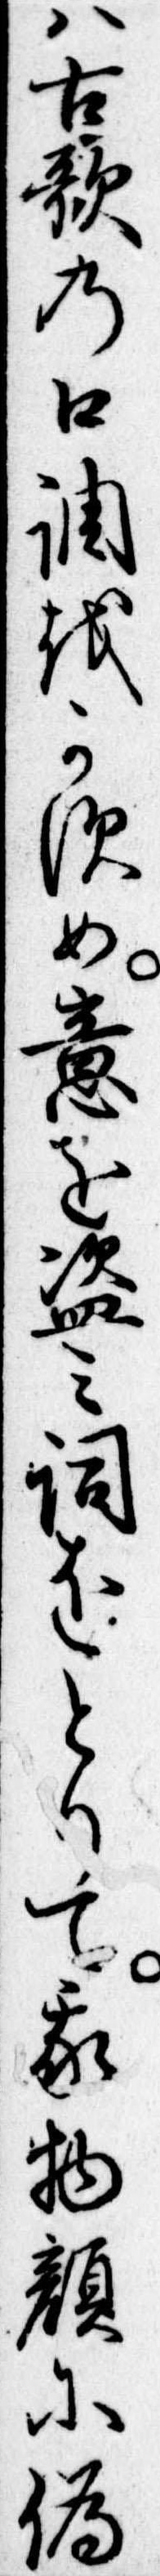
は古歌の口調をかすめ意を盗み詞をとりて我物顔に偽